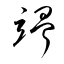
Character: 竫